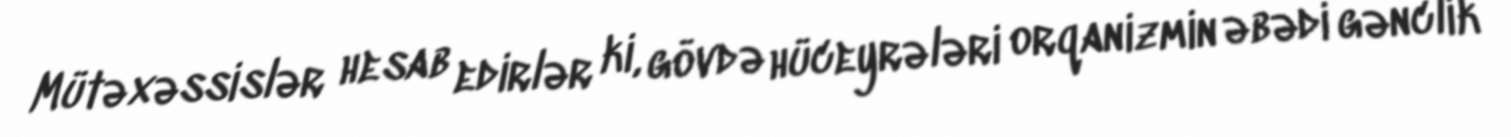
Mütəxəssislər hesab edirlər ki, gövdə hüceyrələri orqanizmin əbədi gənclik